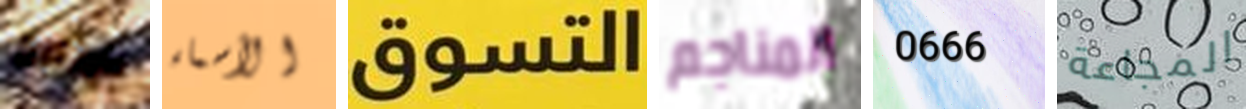
للإثارة الأسماء التسوق المناجم 0666 المجاعة